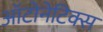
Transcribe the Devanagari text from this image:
ऑटोनेटिक्स